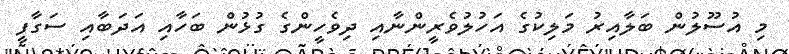
މި އުސޫލުން ބަލާއިރު މަލިކުގެ އަހުލުވެރީންނާއި ދިވެހީންގެ ގުޅުން ބަހާއި އަދަބާއި ސަގާފީ